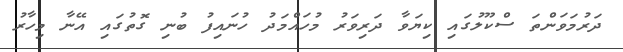
ދަރުމަވަންތަ ސްކޫލުގައި ކިޔަވާ ދަރިވަރު މުހައްމަދު ހުނައިފު ބުނި ގޮތުގައި އޭނާ މިހާރު